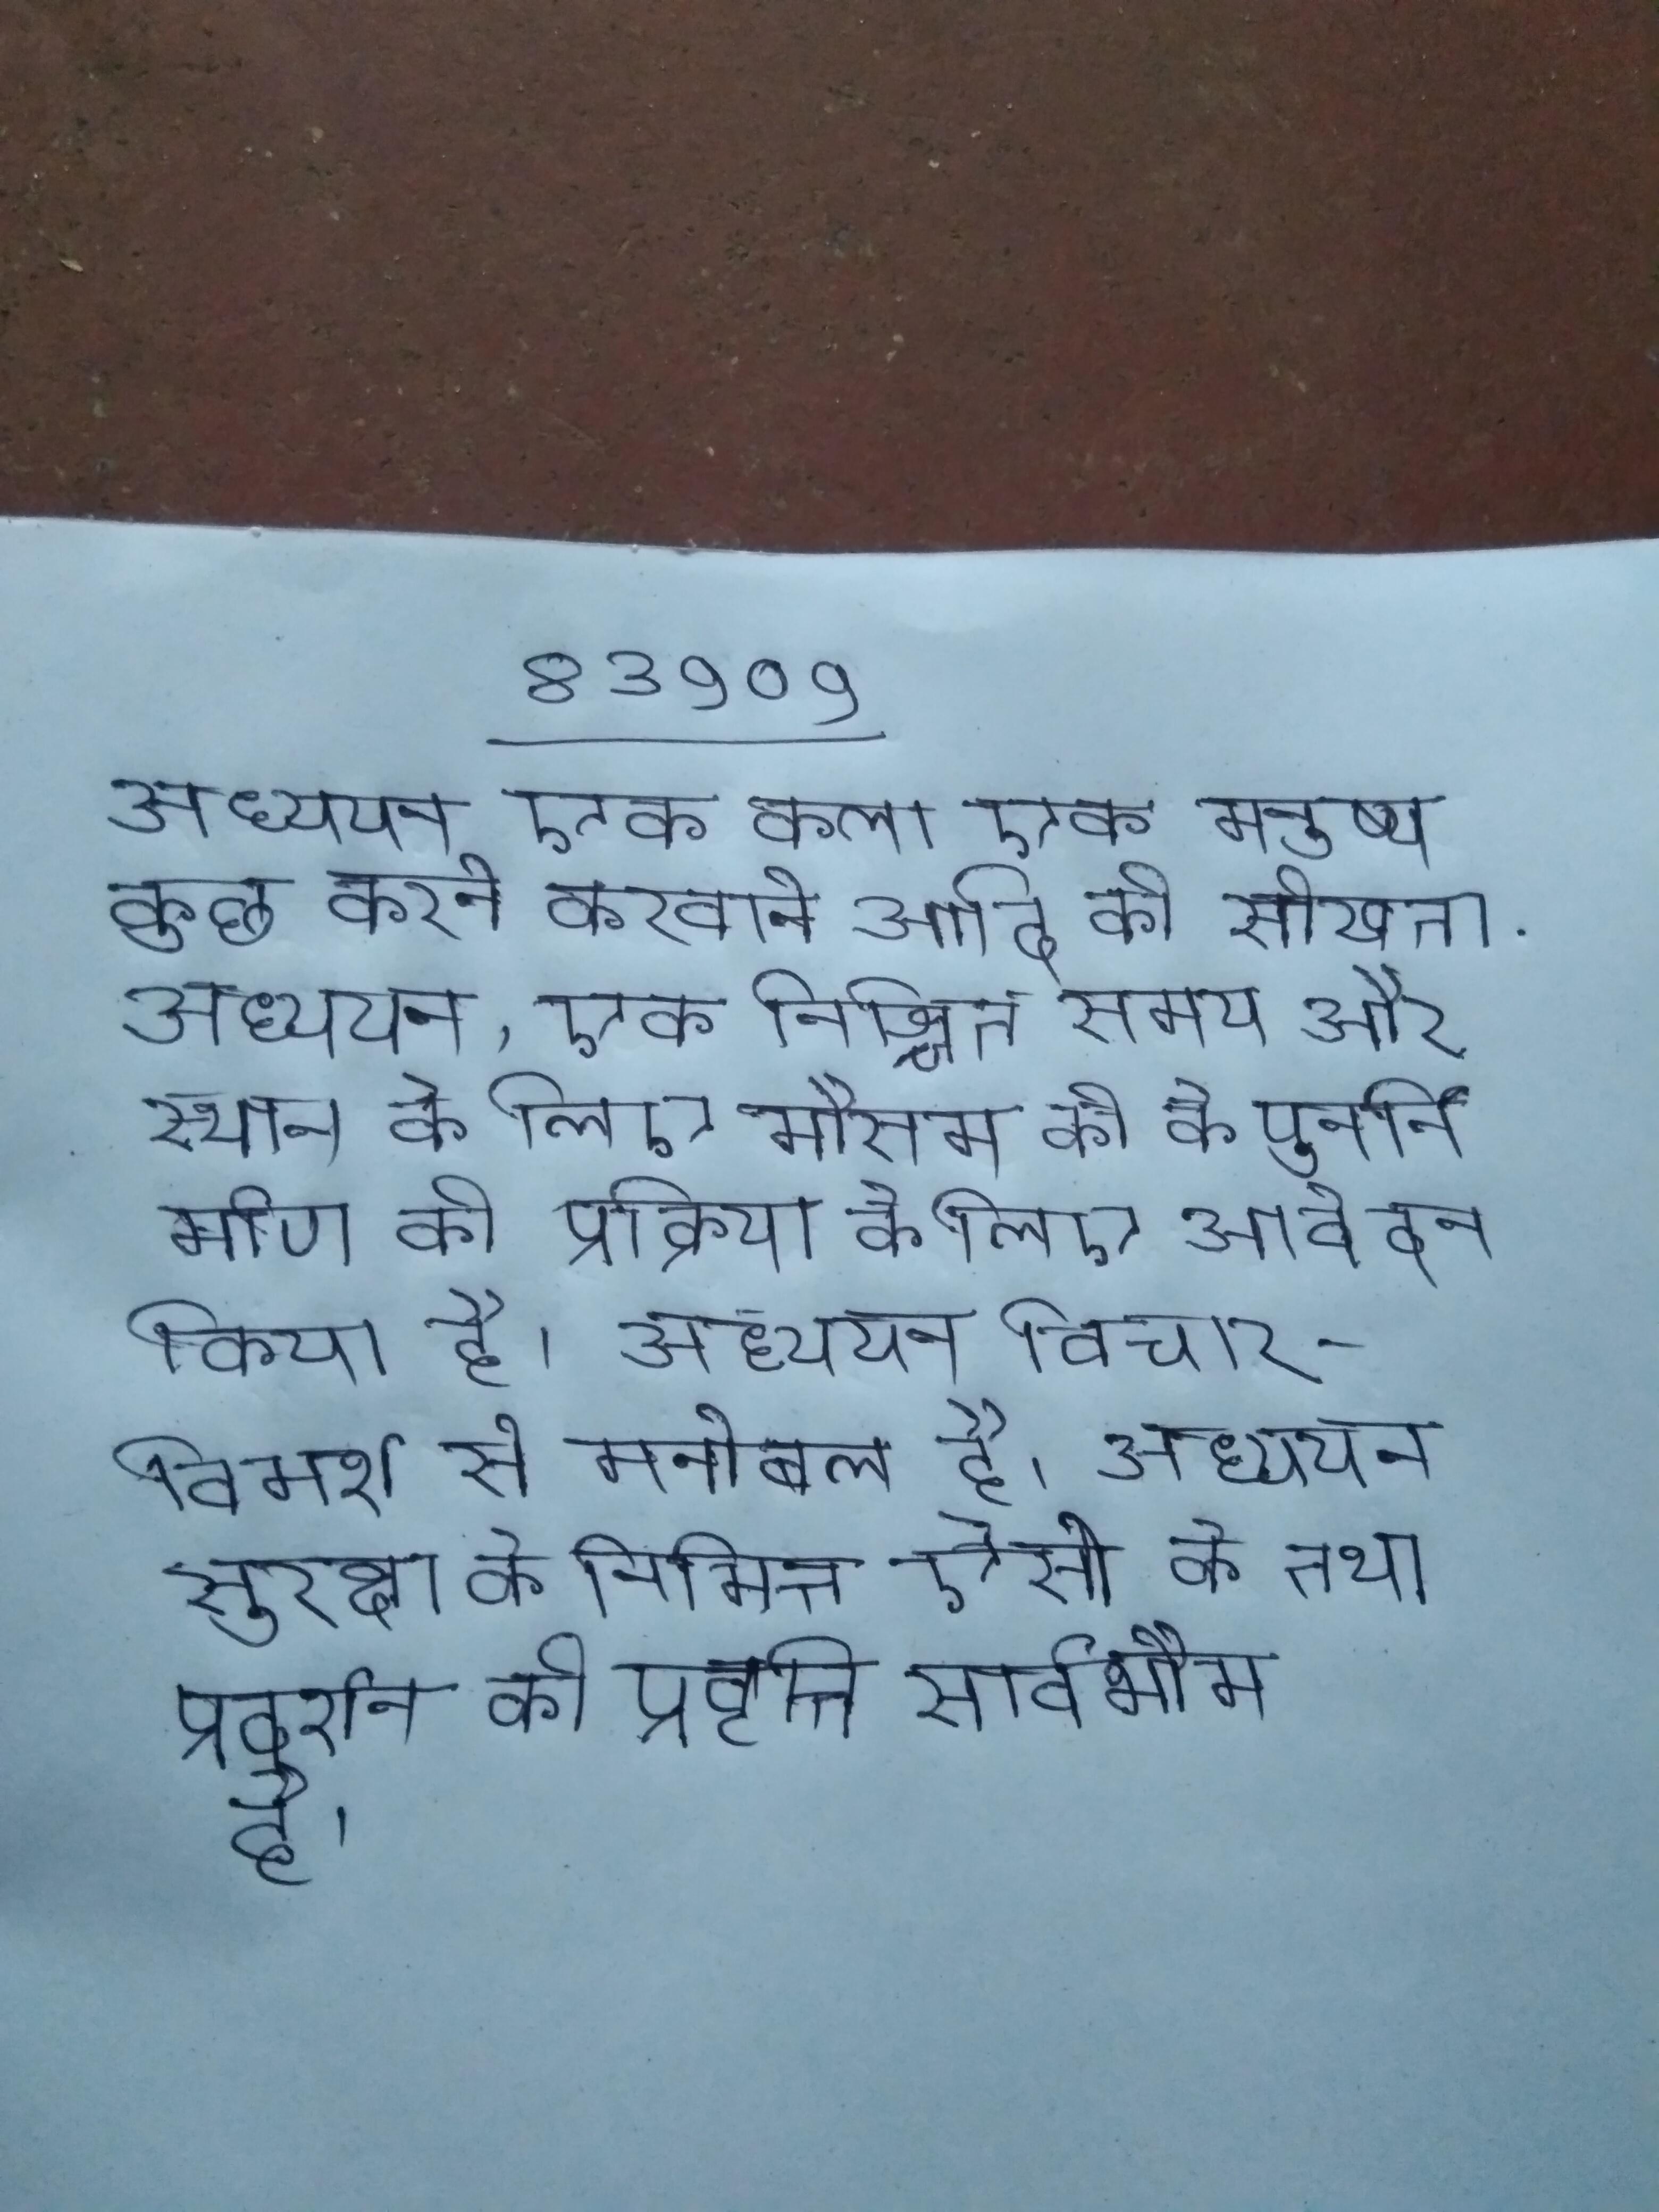
अध्ययन एक कला एक मनुष्य कुछ करने करवाने आदि को सीखता . अध्ययन, एक निश्चित समय और स्थान के लिए मौसम की के पुनर्निर्माण की प्रक्रिया के लिए आवेदन किया है । अध्ययन विचार-विमर्श से मनोबल है । अध्ययन सुरक्षा के निमित्त ऐसी के तथा प्रदर्शन की प्रवृत्ति सार्वभौम है ।